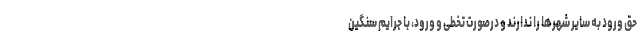
حق ورود به سایر شهرها را ندارند و درصورت تخطی و ورود، با جرایم سنگین